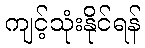
ကျင့်သုံးနိုင်ရန်